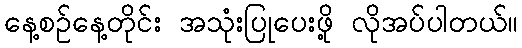
နေ့စဉ်နေ့တိုင်း အသုံးပြုပေးဖို့ လိုအပ်ပါတယ်။